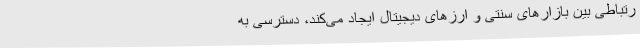
رتباطی بین بازارهای سنتی و ارزهای دیجیتال ایجاد می‌کند، دسترسی به